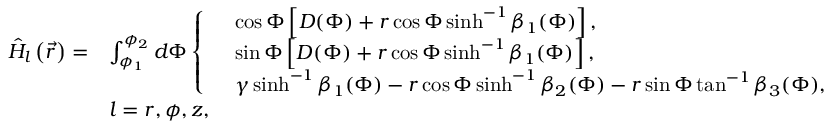
\begin{array} { r l } { \hat { H } _ { l } \left( \vec { r } \right) = } & { \int _ { \phi _ { 1 } } ^ { \phi _ { 2 } } d \Phi \left\{ \begin{array} { l l } & { \cos { \Phi } \left[ D ( \Phi ) + r \cos { \Phi } \sinh ^ { - 1 } { \beta _ { 1 } ( \Phi ) } \right] , } \\ & { \sin { \Phi } \left[ D ( \Phi ) + r \cos { \Phi } \sinh ^ { - 1 } { \beta _ { 1 } ( \Phi ) } \right] , } \\ & { \gamma \sinh ^ { - 1 } { \beta _ { 1 } ( \Phi ) } - r \cos { \Phi } \sinh ^ { - 1 } { \beta _ { 2 } ( \Phi ) } - r \sin { \Phi } \tan ^ { - 1 } { \beta _ { 3 } ( \Phi ) } , } \end{array} \right. } \\ & { l = r , \phi , z , } \end{array}